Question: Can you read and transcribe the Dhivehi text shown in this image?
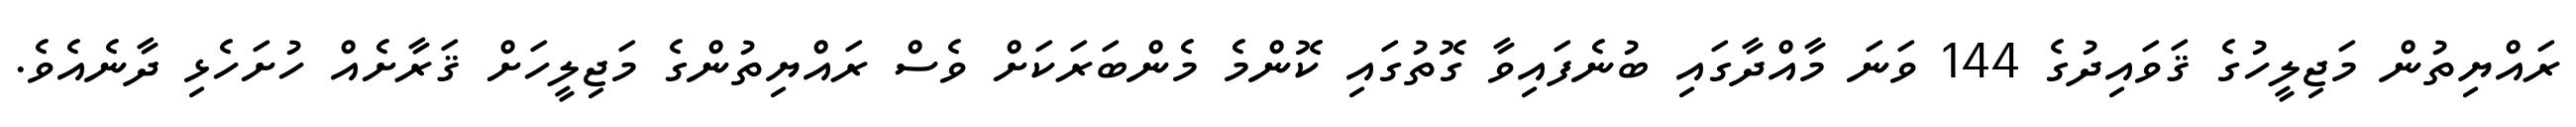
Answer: ރައްޔިތުން މަޖިލީހުގެ ޤަވައިދުގެ 144 ވަނަ މާއްދާގައި ބުނެފައިވާ ގޮތުގައި ކޮންމެ މެންބަރަކަށް ވެސް ރައްޔިތުންގެ މަޖިލީހަށް ޤަރާށެއް ހުށަހެޅި ދާނެއެވެ.